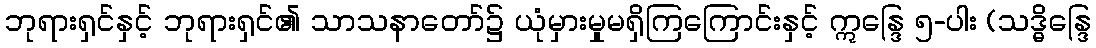
ဘုရားရှင်နှင့် ဘုရားရှင်၏ သာသနာတော်၌ ယုံမှားမှုမရှိကြကြောင်းနှင့် ဣန္ဒြေ ၅-ပါး (သဒ္ဓိန္ဒြေ